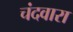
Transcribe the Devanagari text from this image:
चंदवारा